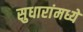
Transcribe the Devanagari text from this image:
सुधारांमध्ये